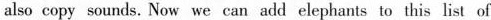
also copy sounds. Now we can add elephants to this list of